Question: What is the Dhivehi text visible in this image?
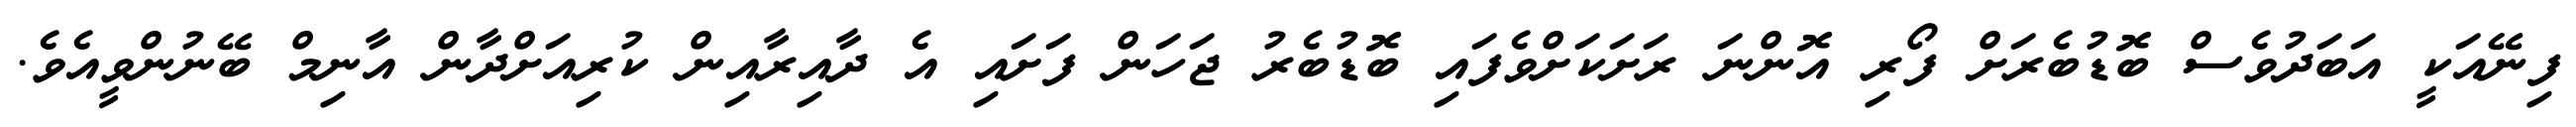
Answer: ފިނޭއަކީ އަބަދުވެސް ބޮޑުބެރަށް ފޯރި އޮންނަ ރަށަކަށްވެފައި ބޮޑުބެރު ޖަހަން ފަށައި އެ ދާއިރާއިން ކުރިއަށްދާން އާނިމް ބޭނުންވީއެވެ.